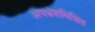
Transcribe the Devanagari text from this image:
अपभ्रंशमिश्रित